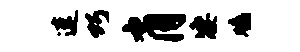
速巧肖凄鸡